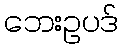
ဘေးဥပဒ်